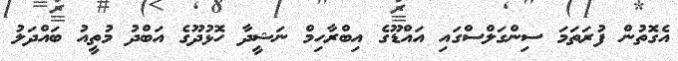
އެގޮތުން ފުރަތަމަ ސިންގަލްސްގައި އައްޑޫގެ އިބްރާހިމް ނަޝީދާ ހޮޅުދޫގެ އަބްދު މުތީއު ބައްދަލު